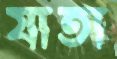
যাতা